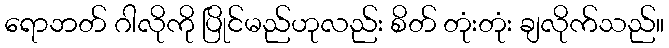
ရောဘတ် ဂါလိုကို ပြိုင်မည်ဟုလည်း စိတ် တုံးတုံး ချလိုက်သည်။